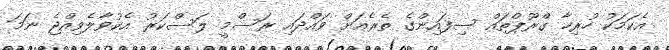
އެކަމަކު ހުރިހާ ގްރޫޕްތައް ސިފައިންގެ ތެރެއަށް ވައްދައި ރަސްމީ ލަސްކަރު އެކުވާލެވިއްޖެ ނަމަ